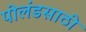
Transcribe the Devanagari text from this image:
पोलंडसाठी